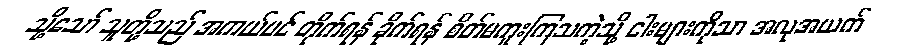
သို့သော် သူတို့သည် အကယ်ပင် တိုက်ရန် ခိုက်ရန် စိတ်မကူးကြသကဲ့သို့ ငါးများကိုသာ အလုအယက်